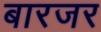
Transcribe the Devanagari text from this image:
बारजर